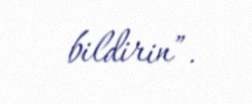
bildirin”.